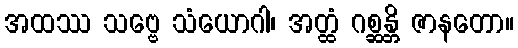
အထဿ သဗ္ဗေ သံယောဂါ၊ အတ္ထံ ဂစ္ဆန္တိ ဇာနတော။